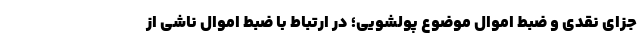
جزای نقدی و ضبط اموال موضوع پولشویی؛ در ارتباط با ضبط اموال ناشی از